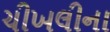
ચીખલીના